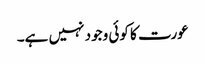
عورت کا کوئی وجود نہیں ہے۔